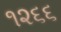
૧૨૬૬